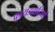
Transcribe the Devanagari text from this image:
फ्रायडवादियों